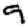
Digit: 9